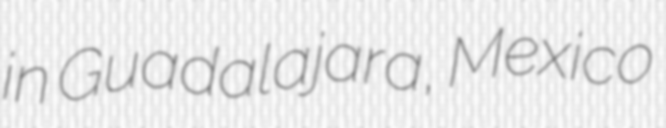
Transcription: in Guadalajara, Mexico